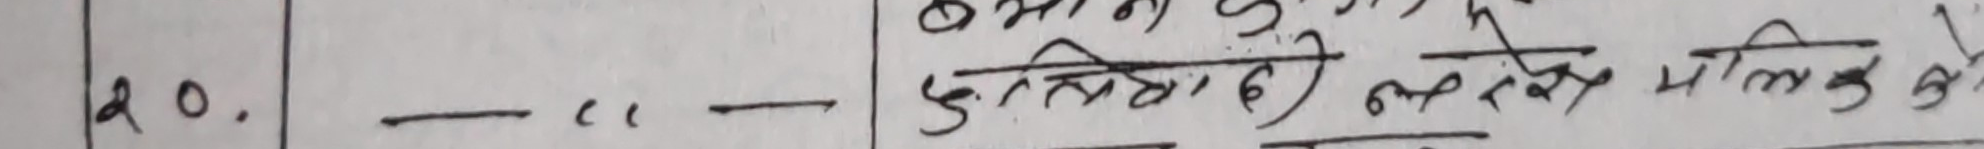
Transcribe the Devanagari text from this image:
२०. - कुनिकाले लेखेपछि मिल्ने भो।